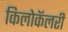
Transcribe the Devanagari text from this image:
किलोकॅलरी